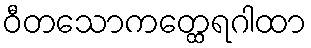
ဝီတသောကတ္ထေရဂါထာ